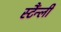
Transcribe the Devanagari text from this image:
स्टैंन्ली